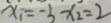
x _ { 1 } = - 3 x _ { 2 } = 2